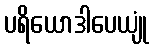
ပရိယောဒါပေယျုံ